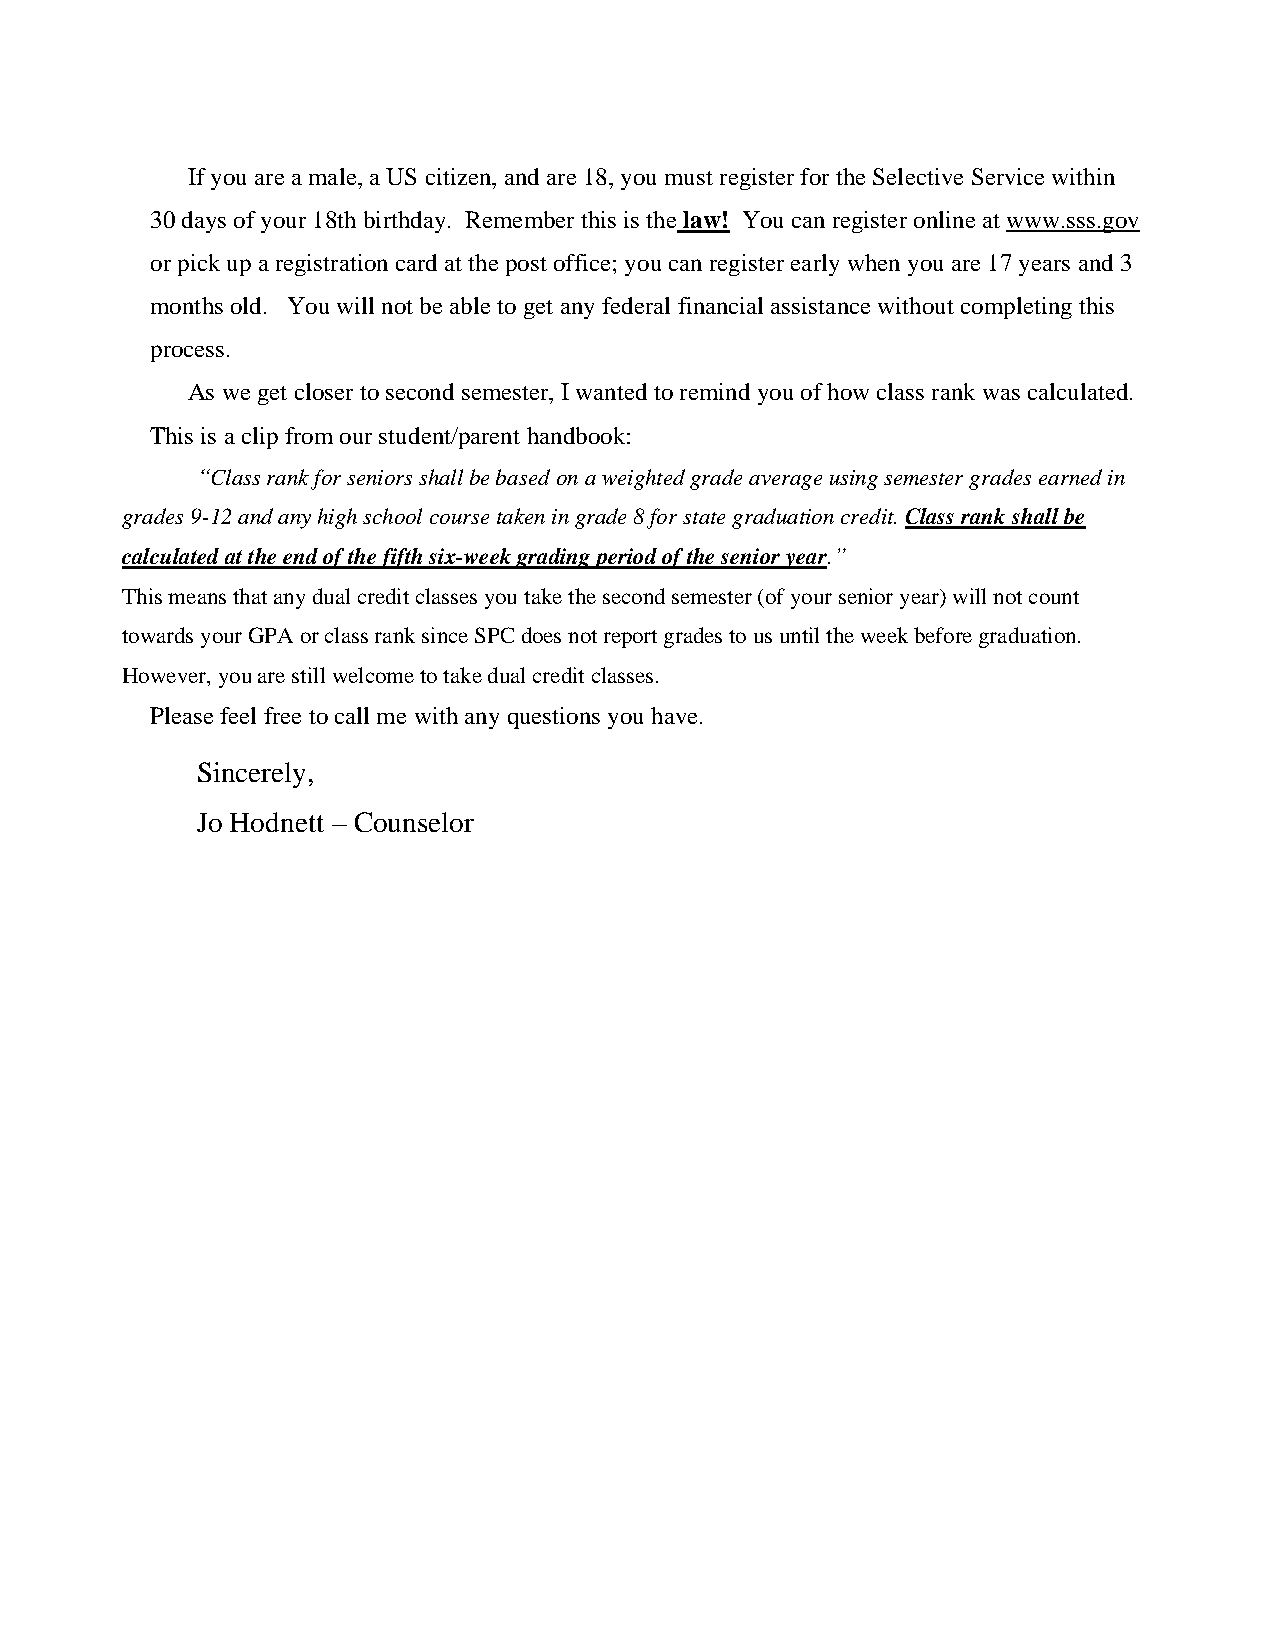
If you are a male, a US citizen, and are 18, you must register for the Selective Service within
 30 days of your 18th birthday. Remember this is the law! You can register online at www.sss.gov
 or pick up a registration card at the post office; you can register early when you are 17 years and 3
 months old. You will not be able to get any federal financial assistance without completing this
 process.
 As we get closer to second semester, I wanted to remind you of how class rank was calculated.
 This is a clip from our student/parent handbook:
 “Class rank for seniors shall be based on a weighted grade average using semester grades earned in
 grades 9-12 and any high school course taken in grade 8 for state graduation credit. Class rank shall be
 calculated at the end of the fifth six-week grading period of the senior year.”
 This means that any dual credit classes you take the second semester (of your senior year) will not count
 towards your GPA or class rank since SPC does not report grades to us until the week before graduation.
 However, you are still welcome to take dual credit classes.
 Please feel free to call me with any questions you have.
 Sincerely,
 Jo Hodnett – Counselor